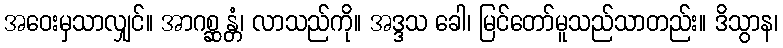
အဝေးမှသာလျှင်။ အာဂစ္ဆန္တံ၊ လာသည်ကို။ အဒ္ဒသ ခေါ၊ မြင်တော်မူသည်သာတည်း။ ဒိသွာန၊